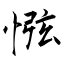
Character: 惤